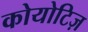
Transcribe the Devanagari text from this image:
कोयोटिज़